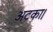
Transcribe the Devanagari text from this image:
अटका।